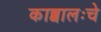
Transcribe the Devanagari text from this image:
काब्बालःचे